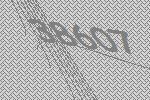
38607